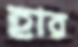
হার